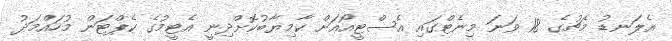
އެލަނޑު މެޗުގެ 18 ވަނަ މިނެޓްގައި އެސްޓީއޯއަށް ކާމިޔާބުކޮށްދިނީ އެޓީމުގެ ކެޕްޓަން މުހައްމަދު